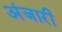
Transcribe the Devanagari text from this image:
अंजारी